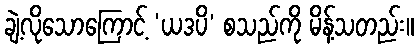
ချဲ့လိုသောကြောင့် ‘ယဒပိ’ စသည်ကို မိန့်သတည်း။